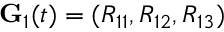
{ \bf G } _ { 1 } ( t ) = ( R _ { 1 1 } , R _ { 1 2 } , R _ { 1 3 } )